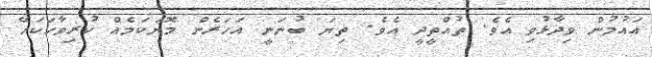
އައުމުން ވިދާޅުވި އެވެ. ތުއްތީދީ އެވެ. ތިޔަ ބުނަނީ އަހަރެން މޮޔަކަމެއް ކުރިވާހަކަހޭ